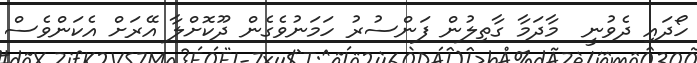
ހޯދައި ދެވުނީ  މާދަމާ ގާތިލުން ފަންސުރު ހަމަނުވެގެން ދޫކޮށްލާ އޭރަށް އެކަންވެސް